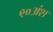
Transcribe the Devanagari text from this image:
९०अंश